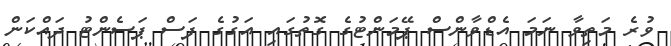
ވުރެ މަތިވާ ނަމަ އެޑްވާންސް ޕޭމަންޓުގެ ގޮތުގައި އަގުގެ ފަސް ޕަސެންޓު ދައްކަން